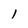
Character: 1